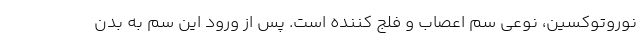
نوروتوکسین، نوعی سم اعصاب و فلج کننده است. پس از ورود این سم به بدن